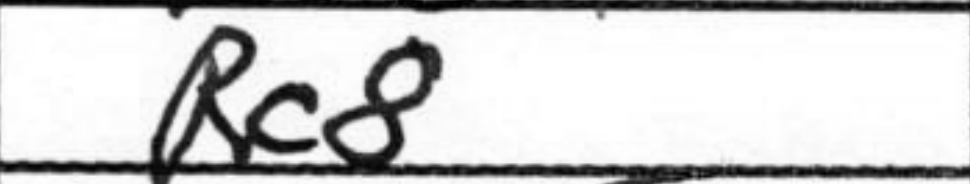
Transcription: Rc8